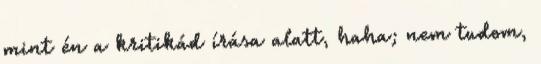
mint én a kritikád írása alatt, haha; nem tudom,